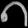
Digit: ၈